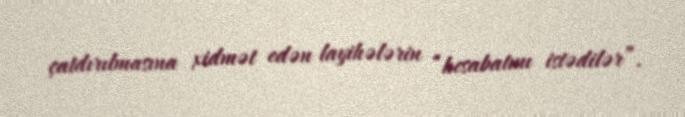
çatdırılmasına xidmət edən layihələrin “hesabatını istədilər”.